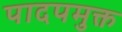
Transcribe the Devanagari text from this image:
पादपमुक्त